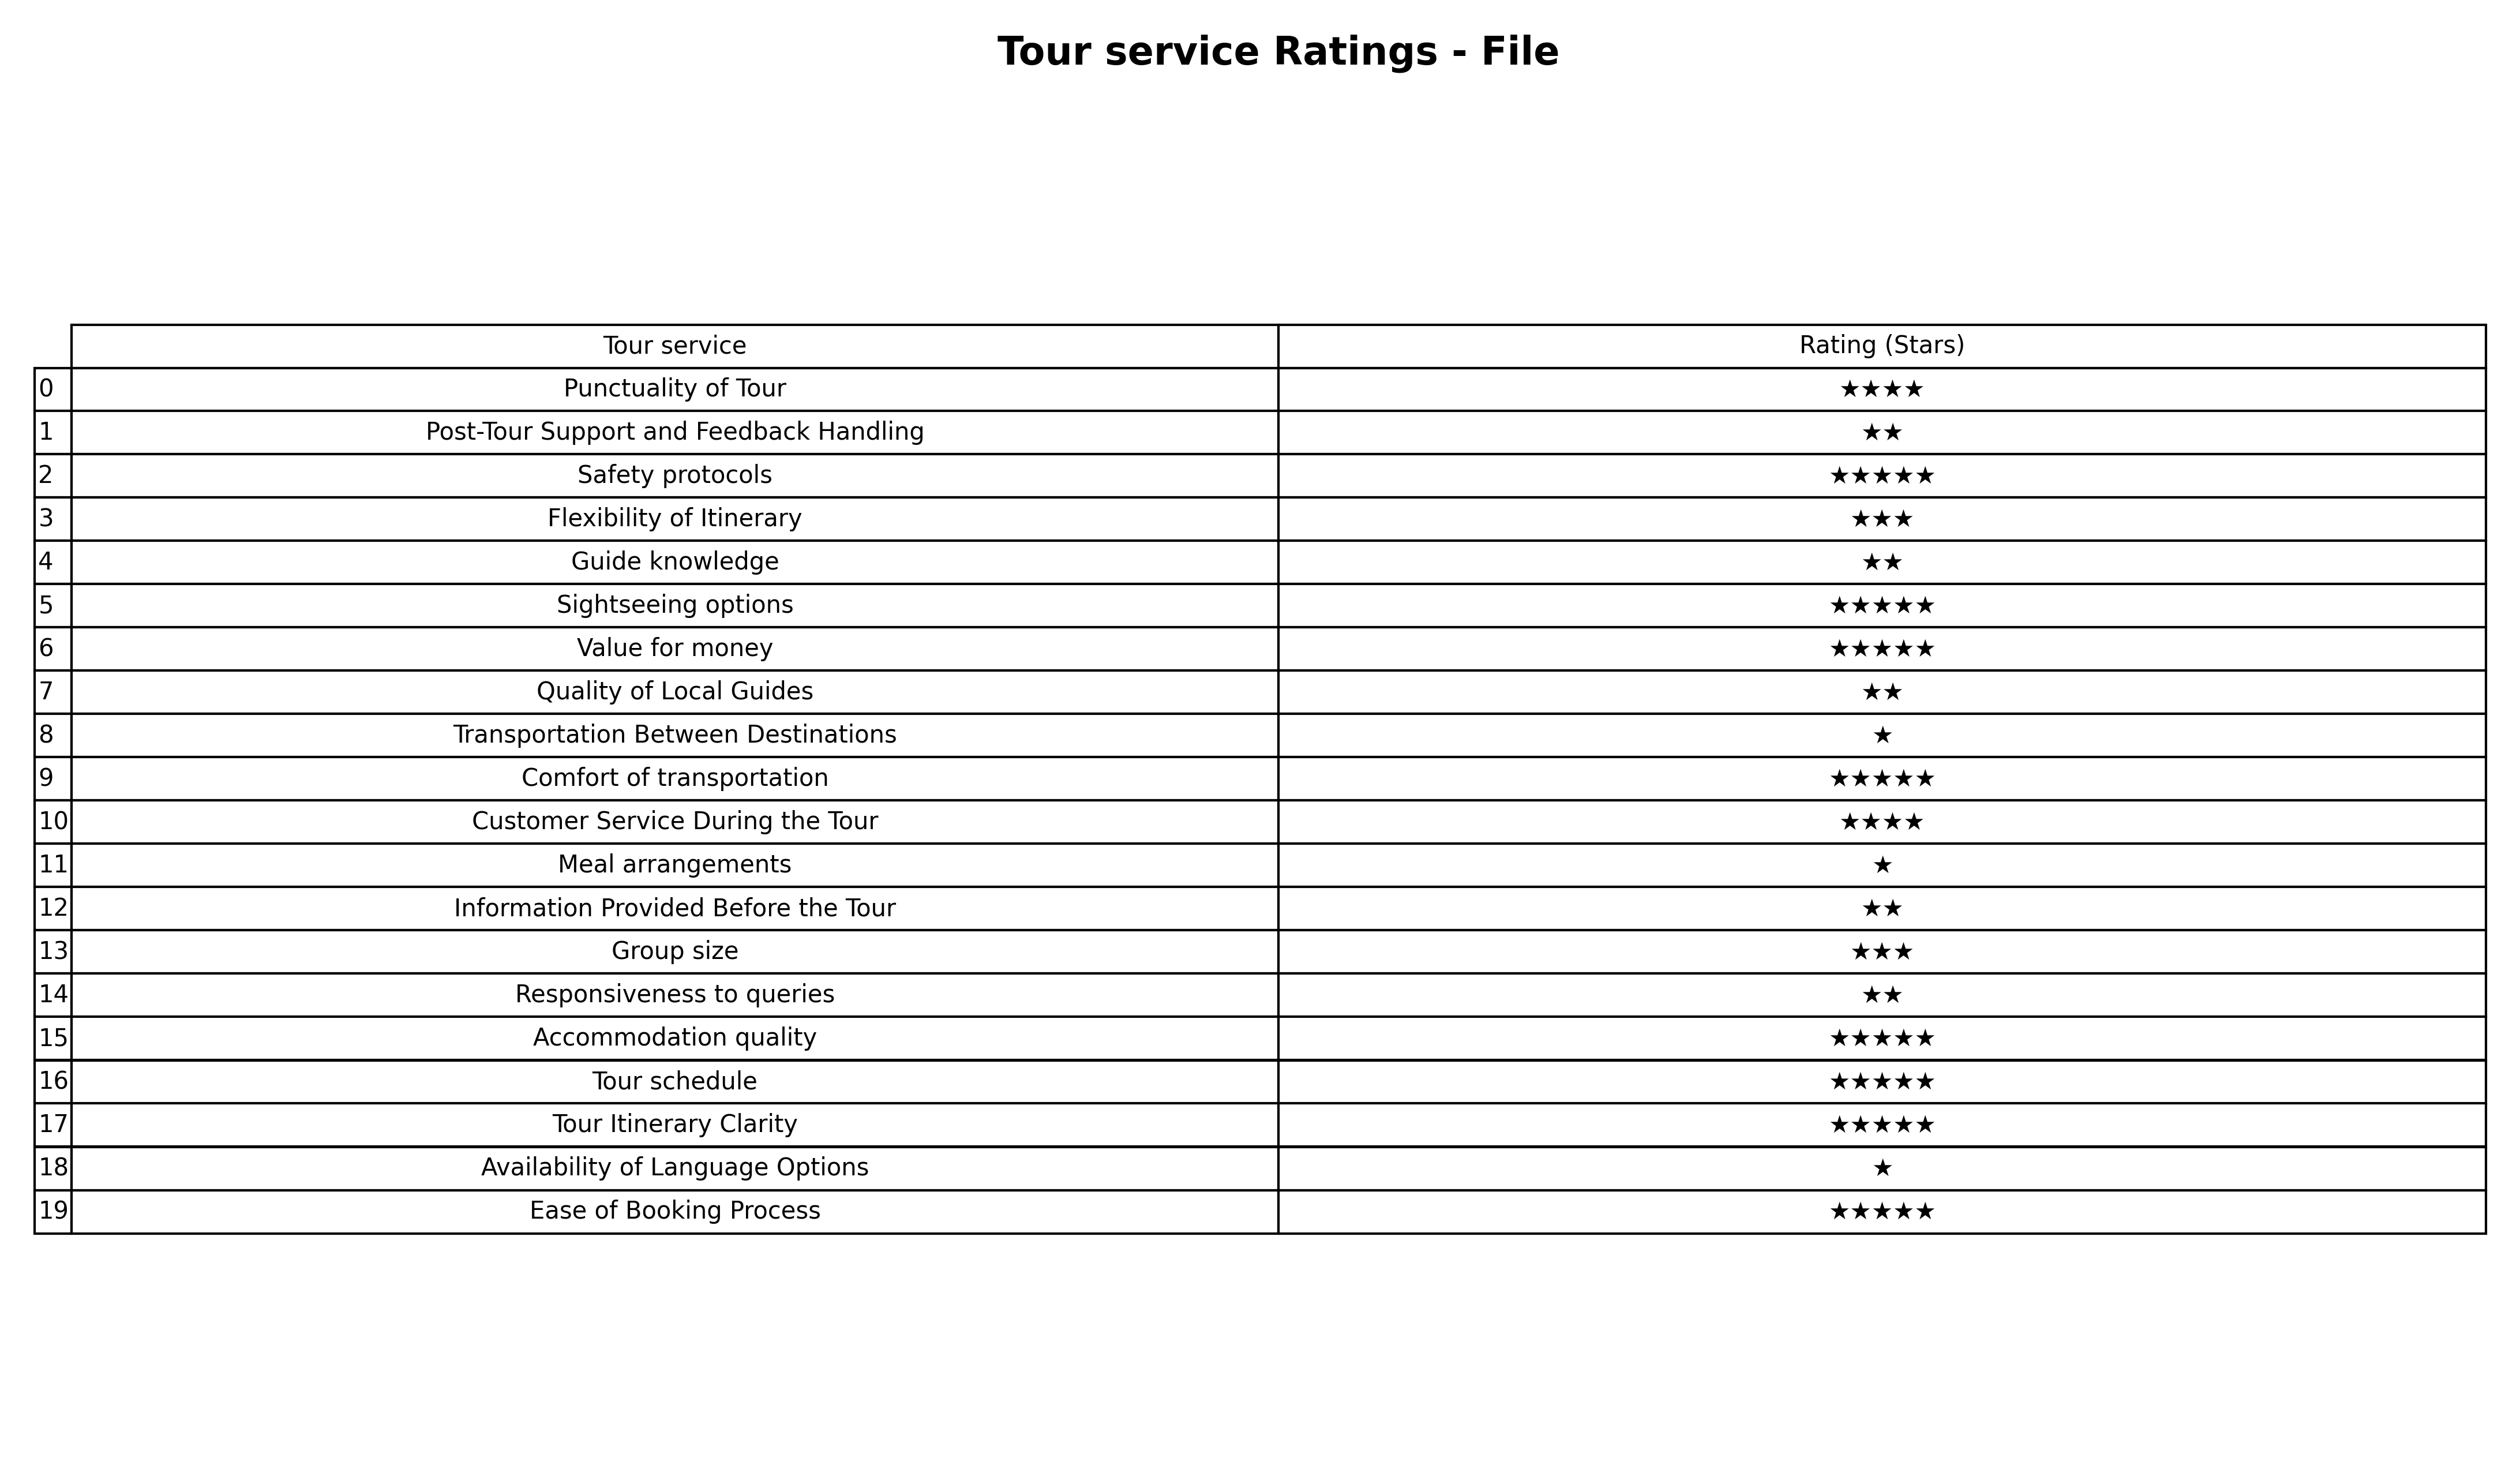
question: What is the rating of Guide knowledge?
answer: ★★